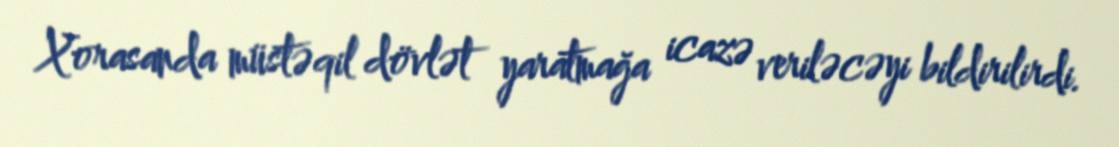
Xorasanda müstəqil dövlət yaratmağa icazə veriləcəyi bildirilirdi.